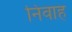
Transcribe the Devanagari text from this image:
निवाह